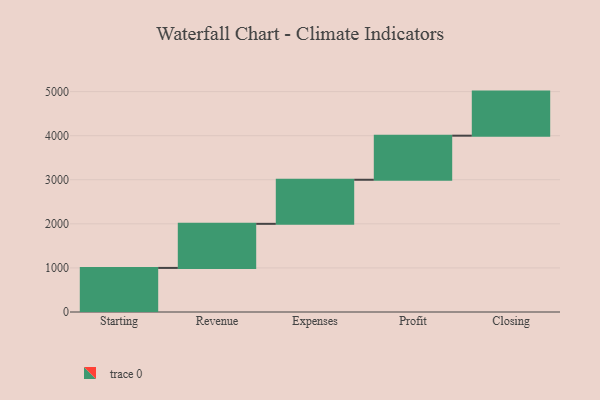
{"axis": {"x": "Step", "y": "Value"}, "legend": [""], "data": [{"x": "Starting", "y": 1000, "type": ""}, {"x": "Revenue", "y": 1000, "type": ""}, {"x": "Expenses", "y": 1000, "type": ""}, {"x": "Profit", "y": 1000, "type": ""}, {"x": "Closing", "y": 1000, "type": ""}]}